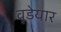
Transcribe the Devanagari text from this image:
वूडेयार